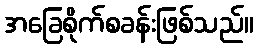
အခြေစိုက်စခန်းဖြစ်သည်။